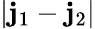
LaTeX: |\mathbf{j}_{1}-\mathbf{j}_{2}|